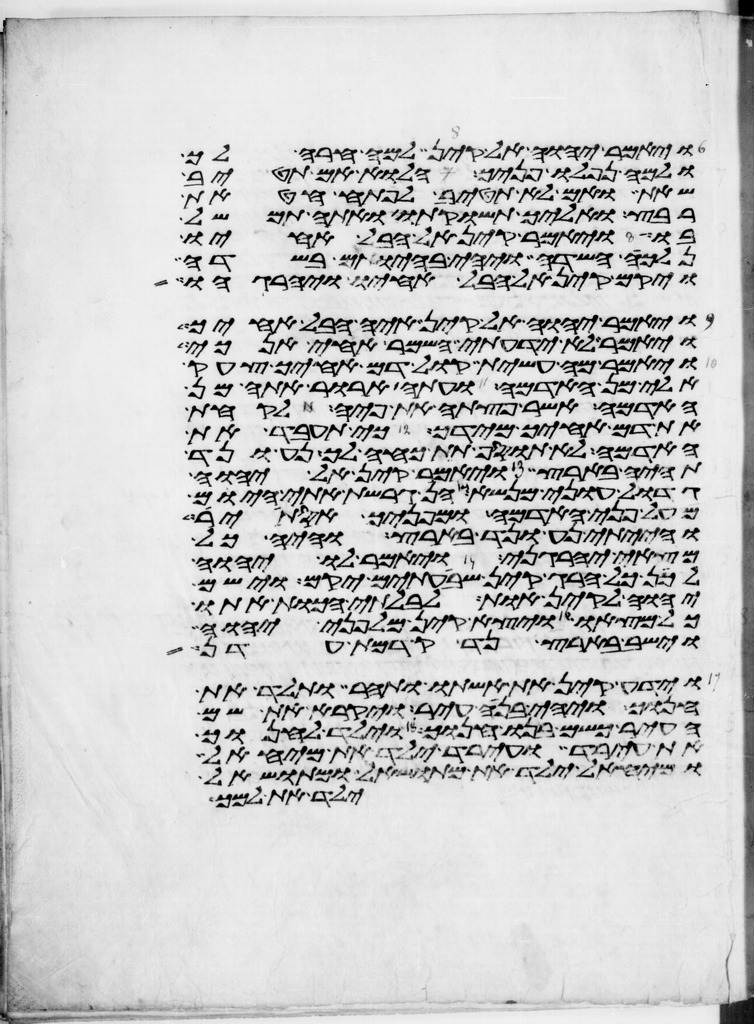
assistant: ויאמר יהוה אל קין למה חרה לך
ולמה נפלו פניך הלוא אם תטיב
שאת ואם לא תטיב לפתח חטאת
רבץ ואליך תשוקתו ואתה תמשל
בו ויאמר קין אל הבל אחיו
נלכה השדה ויהי בהיותם בשדה
ויקם קין אל הבל אחיו ויהרגהו
ויאמר יהוה אל קין איה הבל אחיך
ויאמר לא ידעתי השמר אחי אנכי
ויאמר מה עשית קול דם אחיך צעק
אלי מן האדמה ועתה ארור אתה מן
האדמה אשר פצתה את פיה לקחת
את דם אחיך מידך כי תעבד את
האדמה לא תוסיף תת כחה לך נע ונד
תהיה בארץ ויאמר קין אל יהוה
גדול עוני מנשא הן גרשת אתי היום
מעל פני האדמה ומפניך אסתיר
והייתי נע ונד בארץ והיה כל
מצאי יהרגני ויאמר לו יהוה
לכן כל הרג קין שבעתים יקם וישם
יהוה לקין אות לבלתי הכות אתו
כל מצאו ויצא קין מלפני יהוה
וישב בארץ נד קדמת עדן
וידע קין את אשתו ותהר ותלד את
חנוך ויהי בנה עיר ויקרא את שם
העיר כשם בנו חנוך ויולד לחנוך
את עירד ועירד ילד את מיהאל
ומיהאל ילד את מתושאל ומתושאל
ילד את למך